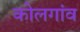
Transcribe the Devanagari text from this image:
कोलगांव